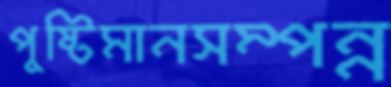
পুষ্টিমানসম্পন্ন